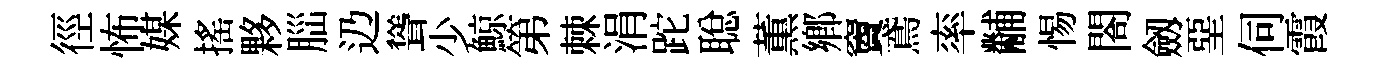
徑怖媒搖夥𦛁辸聳少鯨第棘涓跎聪薫鄕竇鳶率黼惕閤劔堊伺霞